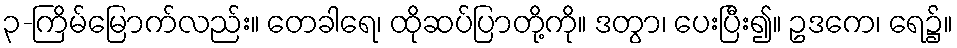
၃-ကြိမ်မြောက်လည်း။ တေခါရေ၊ ထိုဆပ်ပြာတို့ကို။ ဒတွာ၊ ပေးပြီး၍။ ဥဒကေ၊ ရေ၌။